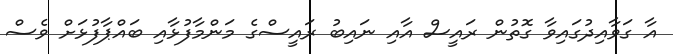
އާ ގަވާއިދުގައިވާ ގޮތުން ރައީސް އާއި ނައިބު ރައީސްގެ މަންމާފުޅާއި ބައްޕާފުޅަށް ވެސް